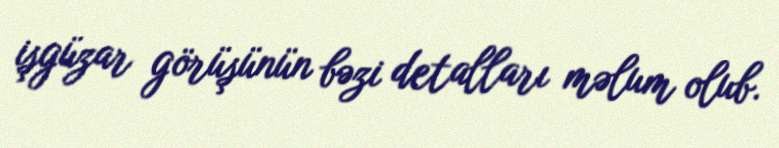
işgüzar görüşünün bəzi detalları məlum olub.